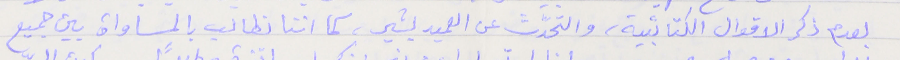
بعدم ذكر الاقوال الكتائبية، والتحدّث عن العميد بشير، كما اننا نطالب بالمساواة بين جميع